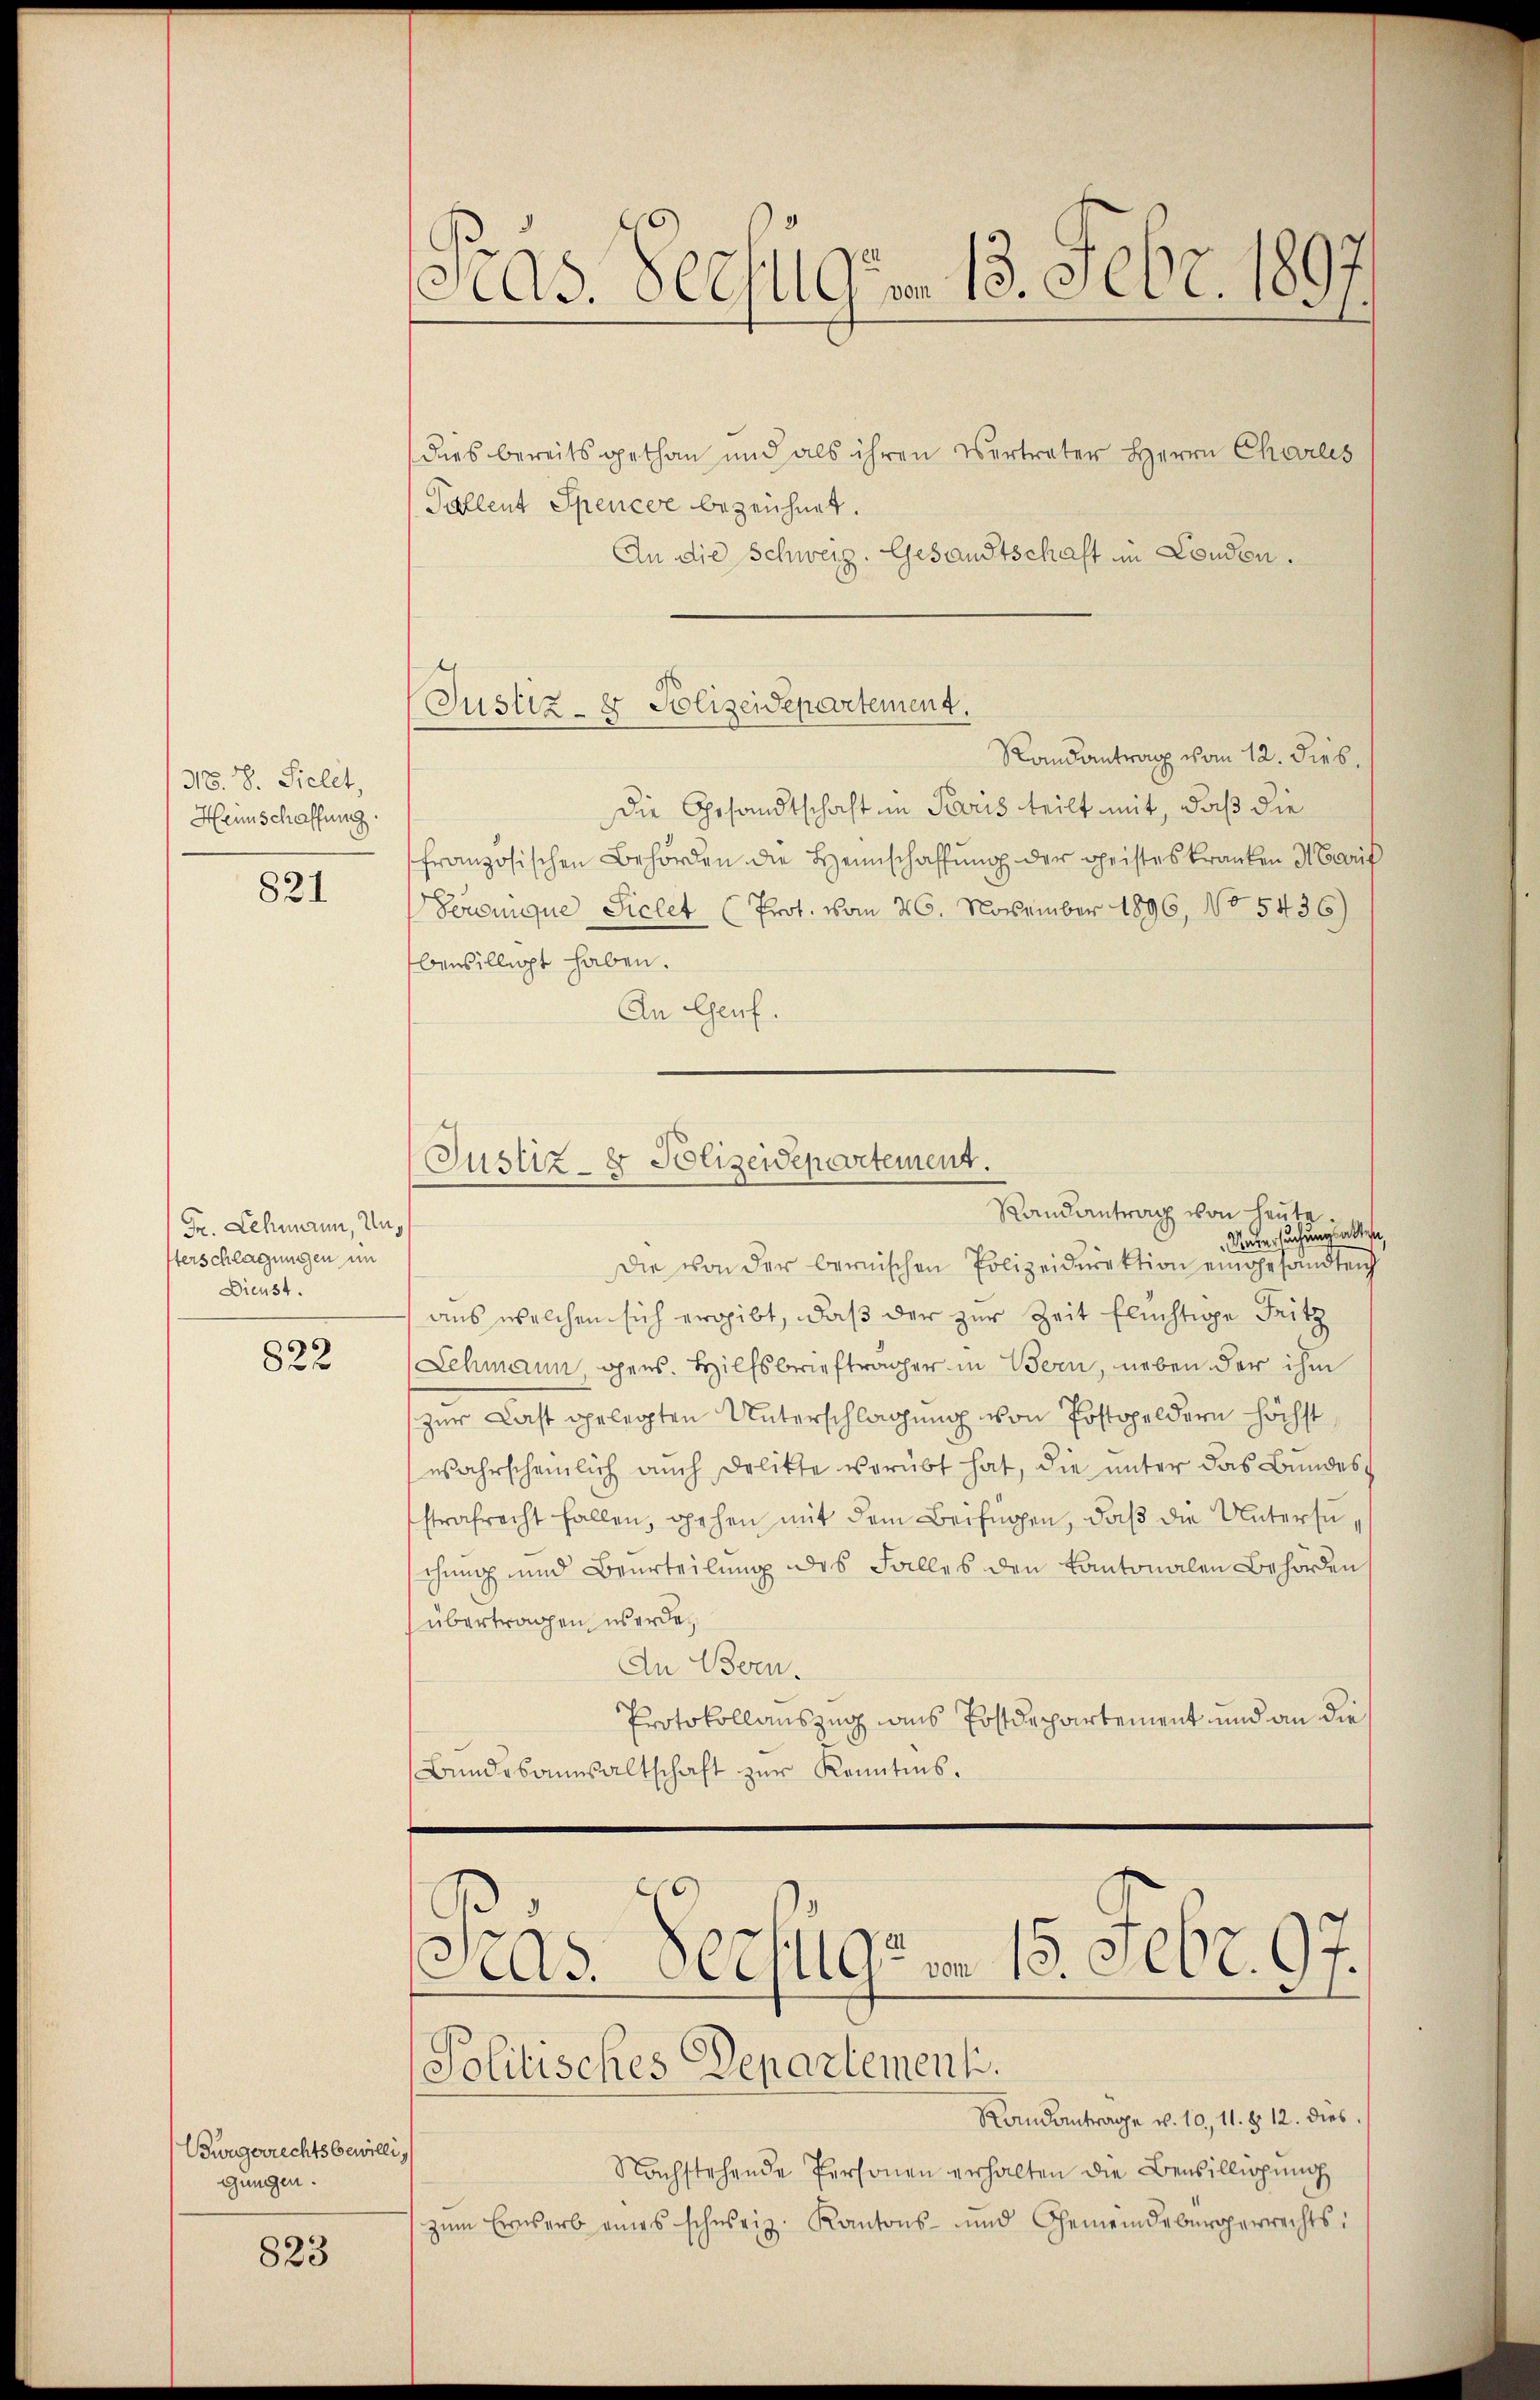
N8. 8. Sielet,
Heinschaffung

821

Fr. Lehmann, Unsterschlagungen im
Dienst.

822

Bürgerrechts bewilli
gungen.

823

Fras. Seefulgm. 13. Febr. 189

Justiz- & Polizeidepartement.

Justiz- & Polizeidepartement.
Randantrag von heute.

dies bereitsgethan und als ihren Vertreter Herrn Chorles
Pallent Spencer bezeichnet.
An die Schweiz. Gesandtschaft in London.
Randantrag vom 12. Dieb¬
Die Gesandtschaft in Paris teilt mit, daß die
französischen Behörden die Heimschaffung der Christes kranken Marif
Seronique Sichet (Prot. vom 26. November 1896, No 5436)
benbilligt haben.
An Genf.
Untersuchung allen,
Die von der bernischen Polizeidirektion eingesandten
aus welchen sich ergibt, daß der zur Zeit flüchtige Fritz
Lehmann gens. Hilfsbriefträger in Bern, neben der ihm
zur Last gelegten Unterschlagung von Postgeldern höchst
wahrscheinlich auch Delikte verübt hat, die unter das Bundesstrafrecht fallen, gehen mit dem Beifügen, daß die Untersuschung und Beurteilung des Falles den Kantonalen Behörden
übertragen werde,
An Bern.
Protokollauszug aus Postdepartement und an die
Bŭndesanwaltschaft zur Kenntnis.
cias Verstigem 15. Febr. 97.
Politisches Departement.
Randantrage u. 10, 11. § 12. dies
Nachstehende Personen erhalten die Bewilligung
zŭm Erwerb eines schweiz. Kantons- und Gemeindebürgerrechts: